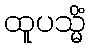
ထူပသ္မိံ